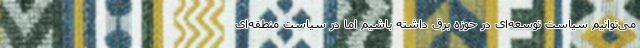
می‌توانیم سیاست توسعه‌ای در حوزه برق داشته باشیم اما در سیاست منطقه‌ای